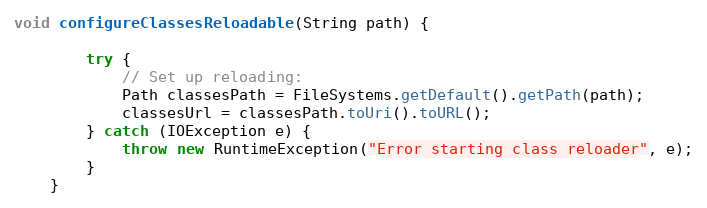
Language: Java
void configureClassesReloadable(String path) {

        try {
            // Set up reloading:
            Path classesPath = FileSystems.getDefault().getPath(path);
            classesUrl = classesPath.toUri().toURL();
        } catch (IOException e) {
            throw new RuntimeException("Error starting class reloader", e);
        }
    }